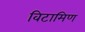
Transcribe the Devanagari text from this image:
विटामिण